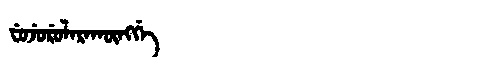
Manchu: ᠸᡠᠵᡠᡵᡠᠯᠠᡵᠠᡴᡡᠩᡤᡝ
Romanization: FUJURULARAKŪNGGE